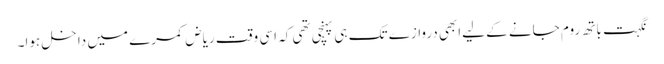
نگہت باتھ روم جانے کے لیےابھی دروازے تک ہی پہنچی تھی کہ اسی وقت ریاض کمرے میں داخل ہوا۔